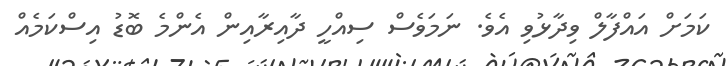
ކަމަށް އައްފާލް ވިދާޅުވި އެވެ. ނަމަވެސް ސިއްހީ ދާއިރާއިން އެންމެ ބޮޑު އިސްކަމެއް